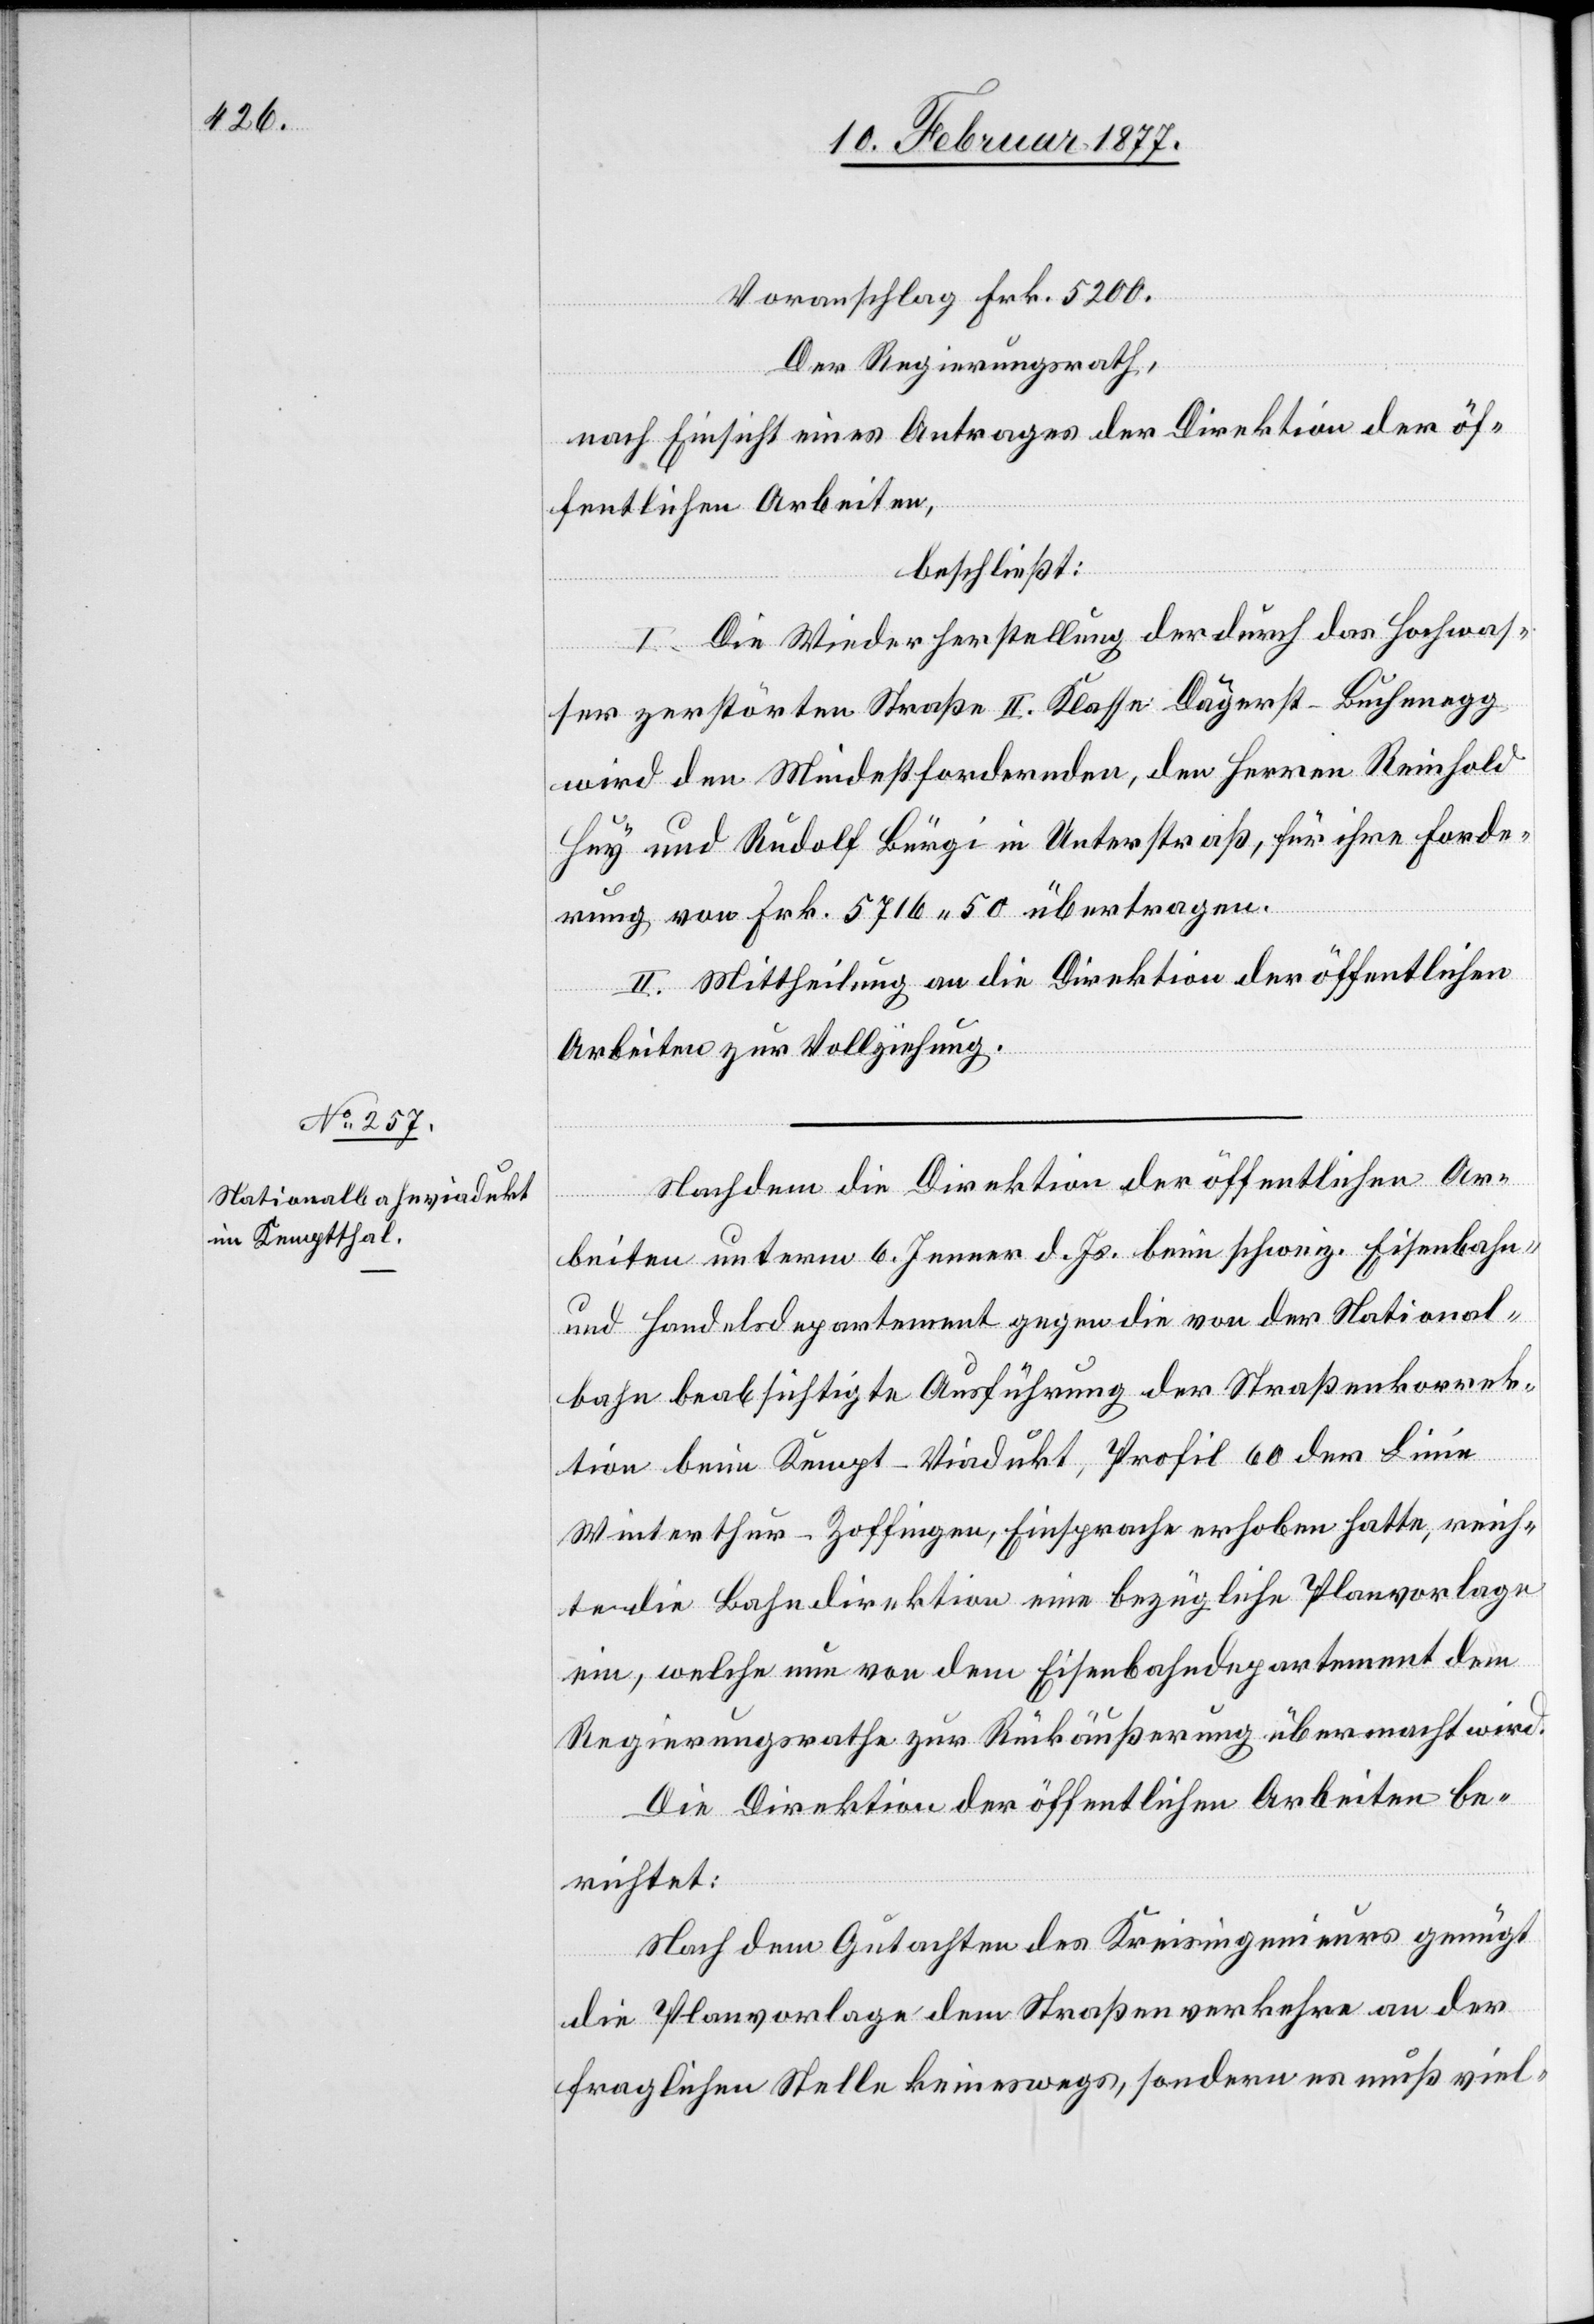
5200.

Der Regierungsrath,
nach Einsicht eines Antrages der Direktion der öf¬
fentlichen Arbeiten,
beschließt:
I. Die Wiederherstellung der durch das Hochwas¬
ser zerstörten Straße II. Klasse Dägerst–Buchenegg
wird den Mindestfordernden, den Herren Reinhold
Huy und Rudolf Bürgi in Unterstraß, für ihre Forde¬
rung von Frk. 5716.50 übertragen.
II. Mittheilung an die Direktion der öffentlichen
Arbeiten zur Vollziehung.
Nachdem die Direktion der öffentlichen Ar¬
beiten unterm 6. Jenner d. Js. beim schweiz. Eisenbahn-
und Handelsdepartement gegen die von der National¬
bahn beabsichtigte Ausführung der Straßenkorrek¬
tion beim Kempt-Viadukt, Profil 60 der Linie
Winterthur–Zofingen, Einsprache erhoben hatte, reich¬
te die Bahndirektion eine bezügliche Planvorlage
ein, welche nun von dem Eisenbahndepartement dem
Regierungsrathe zur Rückäußerung übermacht wird.
Die Direktion der öffentlichen Arbeiten be¬
richtet:
Nach dem Gutachten des Kreisingenieurs genügt
die Planvorlage dem Straßenverkehre an der
fraglichen Stelle keineswegs, sonders es muß viel-